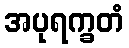
အပုရက္ခတံ